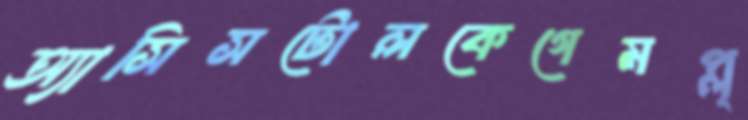
অ্যাসিসটোলকেগেমপ্ল্